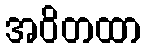
အဝိတထာ